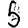
Digit: 5